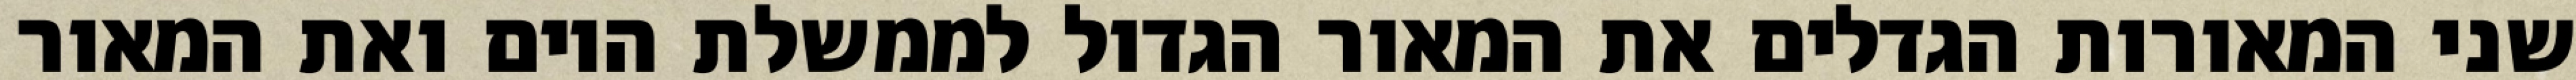
שני המאורות הגדלים את המאור הגדול לממשלת היום ואת המאור